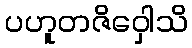
ပဟူတဇိဝှေါသိ